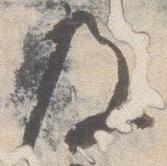
及